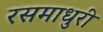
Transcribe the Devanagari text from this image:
रसमाधुरी